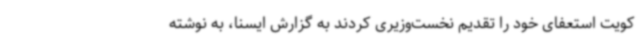
کویت استعفای خود را تقدیم نخست‌وزیری کردند به گزارش ایسنا، به نوشته